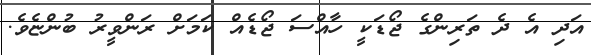
އަދި އެ ދެ ތަރިންގެ ޖޯޑަކީ ހާއްސަ ޖޯޑެއް ކަމަށް ރަންވީރު ބުންޏެވެ.